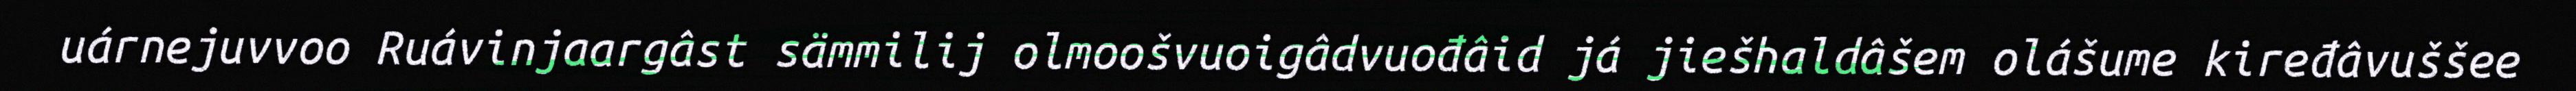
uárnejuvvoo Ruávinjaargâst sämmilij olmoošvuoigâdvuođâid já jiešhaldâšem olášume kiređâvuššee